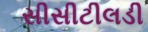
સીસીટીલડી